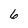
Character: 6